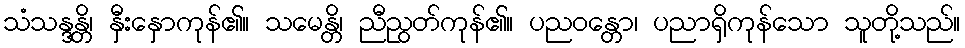
သံသန္ဒန္တိ၊ နှီးနှောကုန်၏။ သမေန္တိ၊ ညီညွတ်ကုန်၏။ ပညဝန္တော၊ ပညာရှိကုန်သော သူတို့သည်။